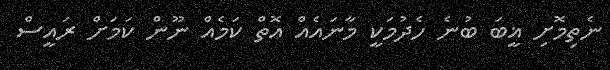
ނެތިމޮށި ޣީބަ ބުނެ ހެދުމަކީ މާނައެއް އޮތް ކަމެއް ނޫން ކަމަށް ރައީސް